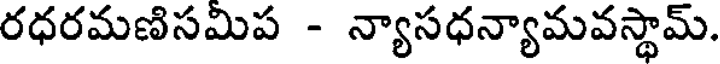
రధరమణిసమిప - న్యాసధన్యామవస్థామ్.